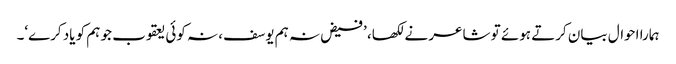
ہمارا احوال بیان کرتے ہوئے تو شاعر نے لکھا، ’فیض نہ ہم یوسف، نہ کوئی یعقوب جو ہم کو یاد کرے‘۔